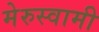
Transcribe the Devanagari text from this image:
मेरुस्वामी